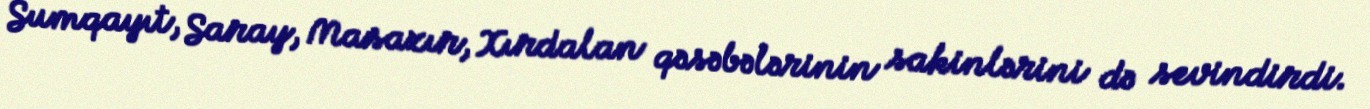
Sumqayıt, Saray, Masazır, Xırdalan qəsəbələrinin sakinlərini də sevindirdi.